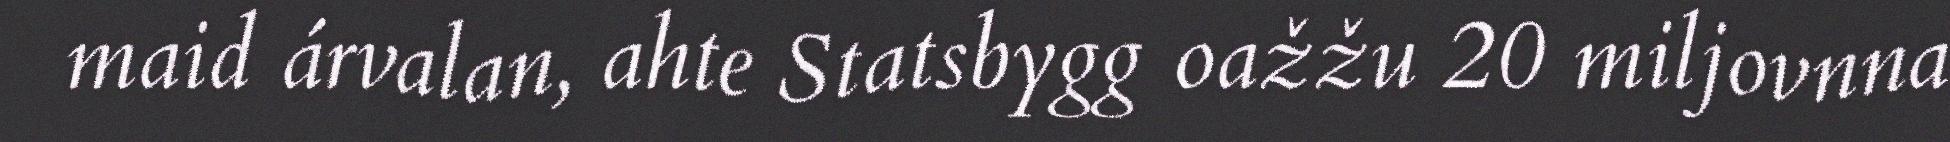
maid árvalan, ahte Statsbygg oažžu 20 miljovnna